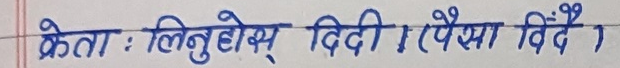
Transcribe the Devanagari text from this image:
क्रेता : लिनुहोस् दिदी ; (पैसा विन्दै)